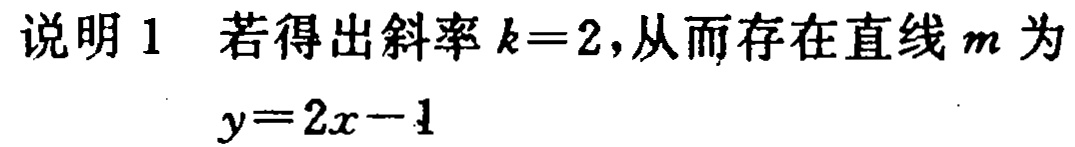
说明 1 若得出斜率 \(k = 2\)，从而存在直线 \(m\) 为

\(y = 2x - 1\)